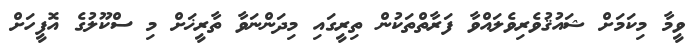
ވީމާ މިކަމަށް ޝައުޤުވެރިވެލައްވާ ފަރާތްތަކުން ތިރީގައި މިދަންނަވާ ތާރީޚަށް މި ސްކޫލުގެ އޮފީހަށް